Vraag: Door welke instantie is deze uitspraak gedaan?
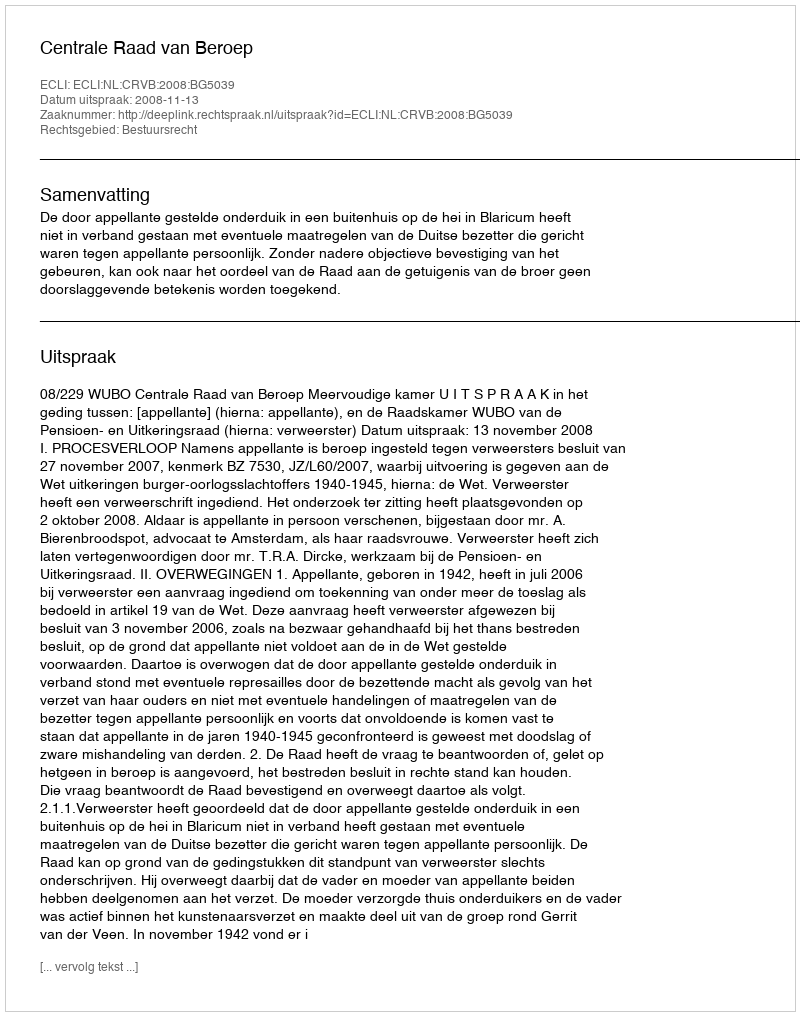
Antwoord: Centrale Raad van Beroep